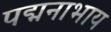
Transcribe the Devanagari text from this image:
पद्मनाभाय